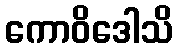
ကောဝိဒေါသိ